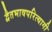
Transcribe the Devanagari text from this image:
द्वैतभावपरित्यागी